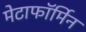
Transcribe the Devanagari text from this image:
मेटाफॉर्मिन